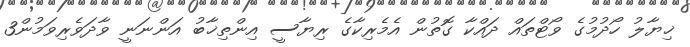
ޚިޔާލު ހޯދުމުގެ ވޯޓްތައް ދައްކާ ގޮތުން އެމެރިކާގެ ރިޔާސީ އިންތިޚާބު އަންނަނީ ވާދަވެރިވަމުން3